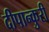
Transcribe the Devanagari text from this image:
दीपान्कुरी